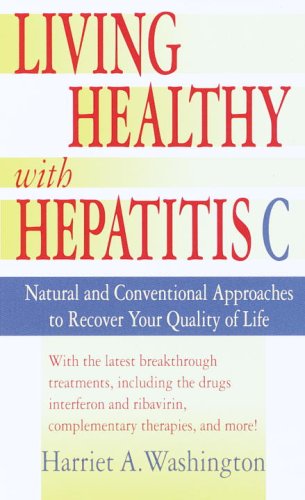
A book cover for Living Healthy with Hepatitis C: Natural and Conventional Approaches to Recover Your Quality of Life; Harriet A. Washington; Health, Fitness & Dieting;